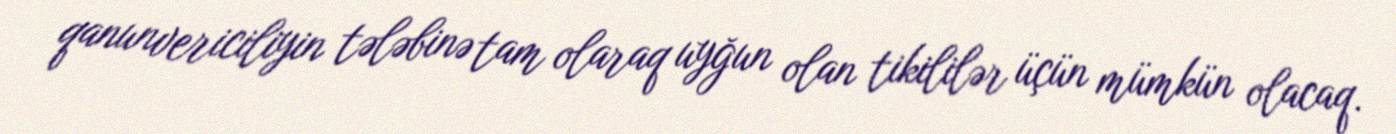
qanunvericiliyin tələbinə tam olaraq uyğun olan tikililər üçün mümkün olacaq.